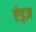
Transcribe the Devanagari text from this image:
ऐड्ज़